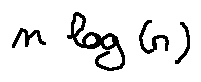
n \log ( n )